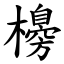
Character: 櫋